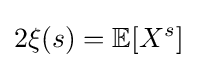
2\xi (s)=\mathbb {E} [X^{s}]